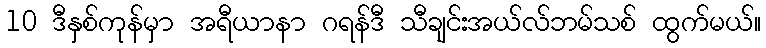
10 ဒီနှစ်ကုန်မှာ အရီယာနာ ဂရန်ဒီ သီချင်းအယ်လ်ဘမ်သစ် ထွက်မယ်။